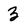
Character: 3